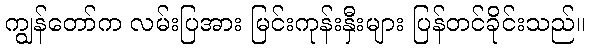
ကျွန်တော်က လမ်းပြအား မြင်းကုန်းနှီးများ ပြန်တင်ခိုင်းသည်။